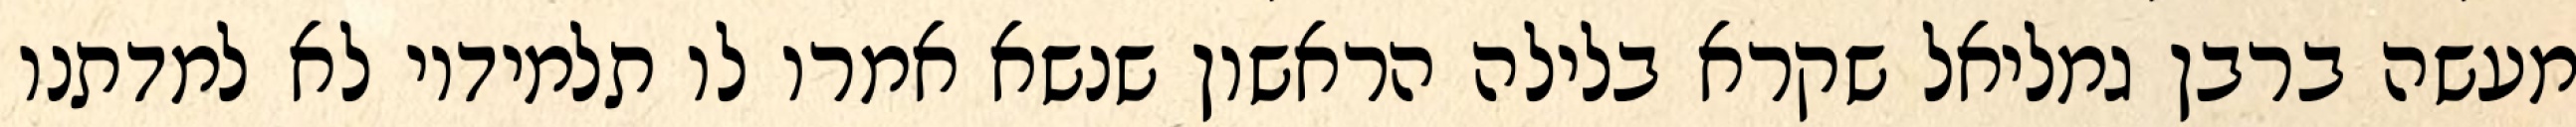
מעשה ברבן גמליאל שקרא בלילה הראשון שנשא אמרו לו תלמידיו לא למדתנו